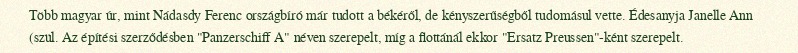
Több magyar úr, mint Nádasdy Ferenc országbíró már tudott a békéről, de kényszerűségből tudomásul vette. Édesanyja Janelle Ann (szül. Az építési szerződésben "Panzerschiff A" néven szerepelt, míg a flottánál ekkor "Ersatz Preussen"-ként szerepelt.